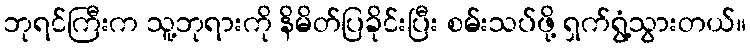
ဘုရင်ကြီးက သူ့ဘုရားကို နိမိတ်ပြခိုင်းပြီး စမ်းသပ်ဖို့ ရှက်ရွံ့သွားတယ်။